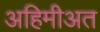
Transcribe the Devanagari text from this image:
अहिमीअत